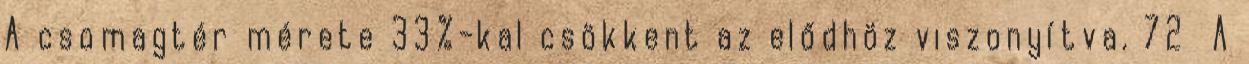
A csomagtér mérete 33%-kal csökkent az elődhöz viszonyítva. 72 A